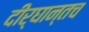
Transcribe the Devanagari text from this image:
दीर्घान्तच